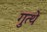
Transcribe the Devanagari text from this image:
गुत्थे